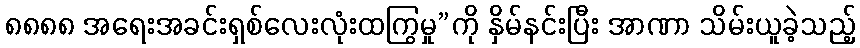
၈၈၈၈ အရေးအခင်းရှစ်လေးလုံးထကြွမှု”ကို နှိမ်နင်းပြီး အာဏာ သိမ်းယူခဲ့သည့်